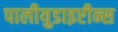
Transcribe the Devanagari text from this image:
पालीयुडाइप्टीन्स